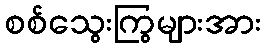
စစ်သွေးကြွများအား